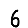
Digit: 6